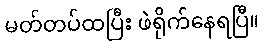
မတ်တပ်ထပြီး ဖဲရိုက်နေရပြီ။